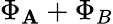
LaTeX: {\Phi_{\mathbf{A}}}+{\Phi_{B}}